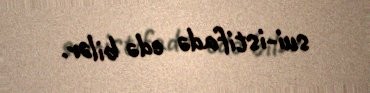
sui-istifadə edə bilər.